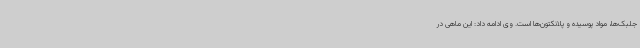
جلبک‌ها، مواد پوسیده و پلانکتون‌ها است. وی ادامه داد: این ماهی در